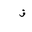
Letter: _qaf